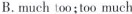
B.much too;too much